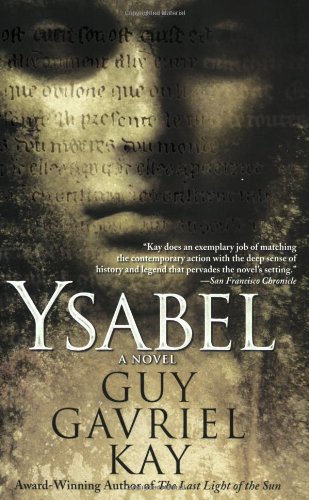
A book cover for Ysabel; Guy Gavriel Kay; Literature & Fiction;